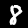
Label: 8